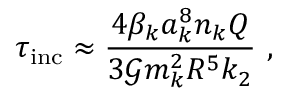
\tau _ { \mathrm { i n c } } \approx \frac { 4 \beta _ { k } a _ { k } ^ { 8 } n _ { k } Q } { 3 \mathcal { G } m _ { k } ^ { 2 } R ^ { 5 } k _ { 2 } } \ ,